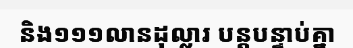
និង១១១លានដុល្លារ បន្តបន្ទាប់គ្នា